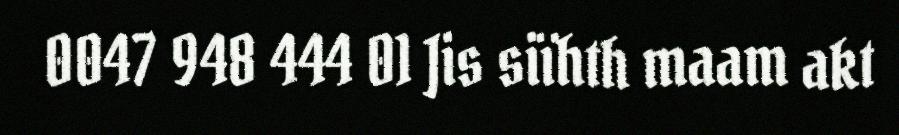
0047 948 444 01 Jis siïhth maam akt